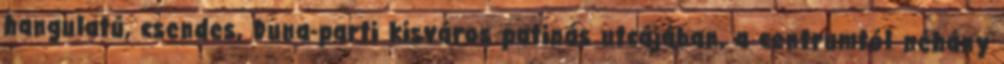
hangulatú, csendes, Duna-parti kisváros patinás utcájában, a centrumtól néhány